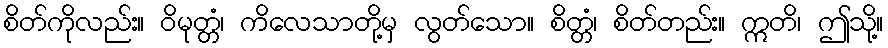
စိတ်ကိုလည်း။ ဝိမုတ္တံ၊ ကိလေသာတို့မှ လွတ်သော။ စိတ္တံ၊ စိတ်တည်း။ ဣတိ၊ ဤသို့။